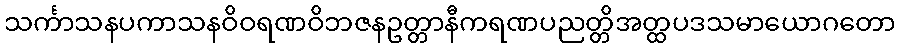
သင်္ကာသနပကာသနဝိဝရဏဝိဘဇနဥတ္တာနီကရဏပညတ္တိအတ္ထပဒသမာယောဂတော